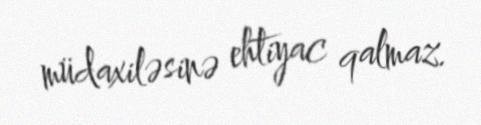
müdaxiləsinə ehtiyac qalmaz.